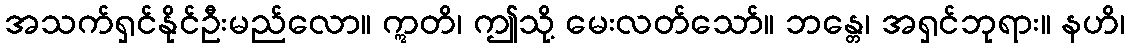
အသက်ရှင်နိုင်ဦးမည်လော။ ဣတိ၊ ဤသို့ မေးလတ်သော်။ ဘန္တေ၊ အရှင်ဘုရား။ နဟိ၊